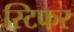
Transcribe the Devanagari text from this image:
स्टिफर